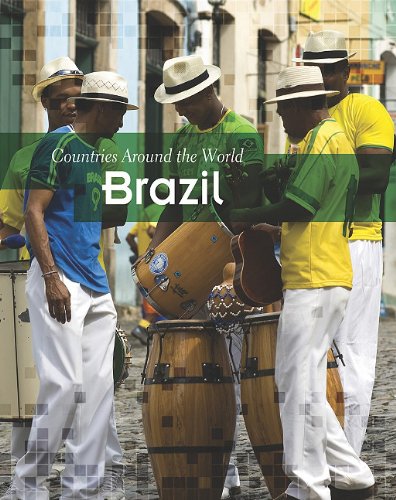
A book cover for Brazil (Countries Around the World); Marion Morrison; Children's Books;